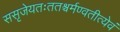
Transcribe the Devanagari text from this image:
ससृजेयतःततश्चर्मण्वतीत्येवं